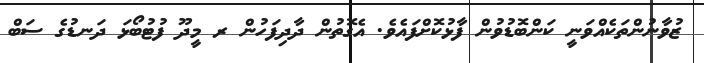
ޒުވާނުންތަކެއްވަނީ ކަންބޮޑުވުން ފާޅުކޮށްފައެވެ. އެގޮތުން ދާދިފަހުން ރ މީދޫ ފުޓުބޯޅަ ދަނޑުގެ ސަބް